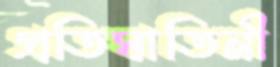
প্রতিঘাতিনী